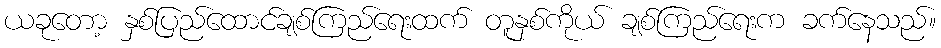
ယခုတော့ နှစ်ပြည်ထောင်ချစ်ကြည်ရေးထက် တူနှစ်ကိုယ် ချစ်ကြည်ရေးက ခက်နေသည်။